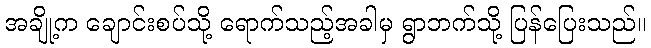
အချို့က ချောင်းစပ်သို့ ရောက်သည့်အခါမှ ရွာဘက်သို့ ပြန်ပြေးသည်။